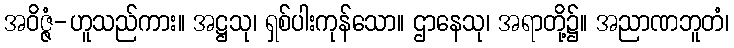
အဝိဇ္ဇံ-ဟူသည်ကား။ အဋ္ဌသု၊ ရှစ်ပါးကုန်သော။ ဌာနေသု၊ အရာတို့၌။ အညာဏဘူတံ၊